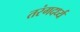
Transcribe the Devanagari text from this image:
तरंगदर्ध्य